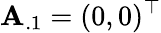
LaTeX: \mathbf{A}_{.1}=(0,0)^{\top}